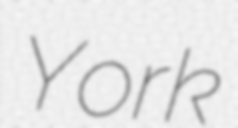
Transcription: York